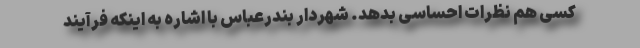
کسی هم نظرات احساسی بدهد. شهردار بندرعباس با اشاره به اینکه فرآیند